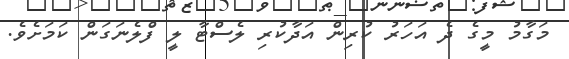
މަގާމު މީގެ ދެ އަހަރު ކުރިން އަދާކުރި ލެސްޓާ ލީ ފްލެނަގަން ކަމަށެވެ.